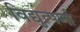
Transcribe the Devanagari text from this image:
विद्युत्पर्णा